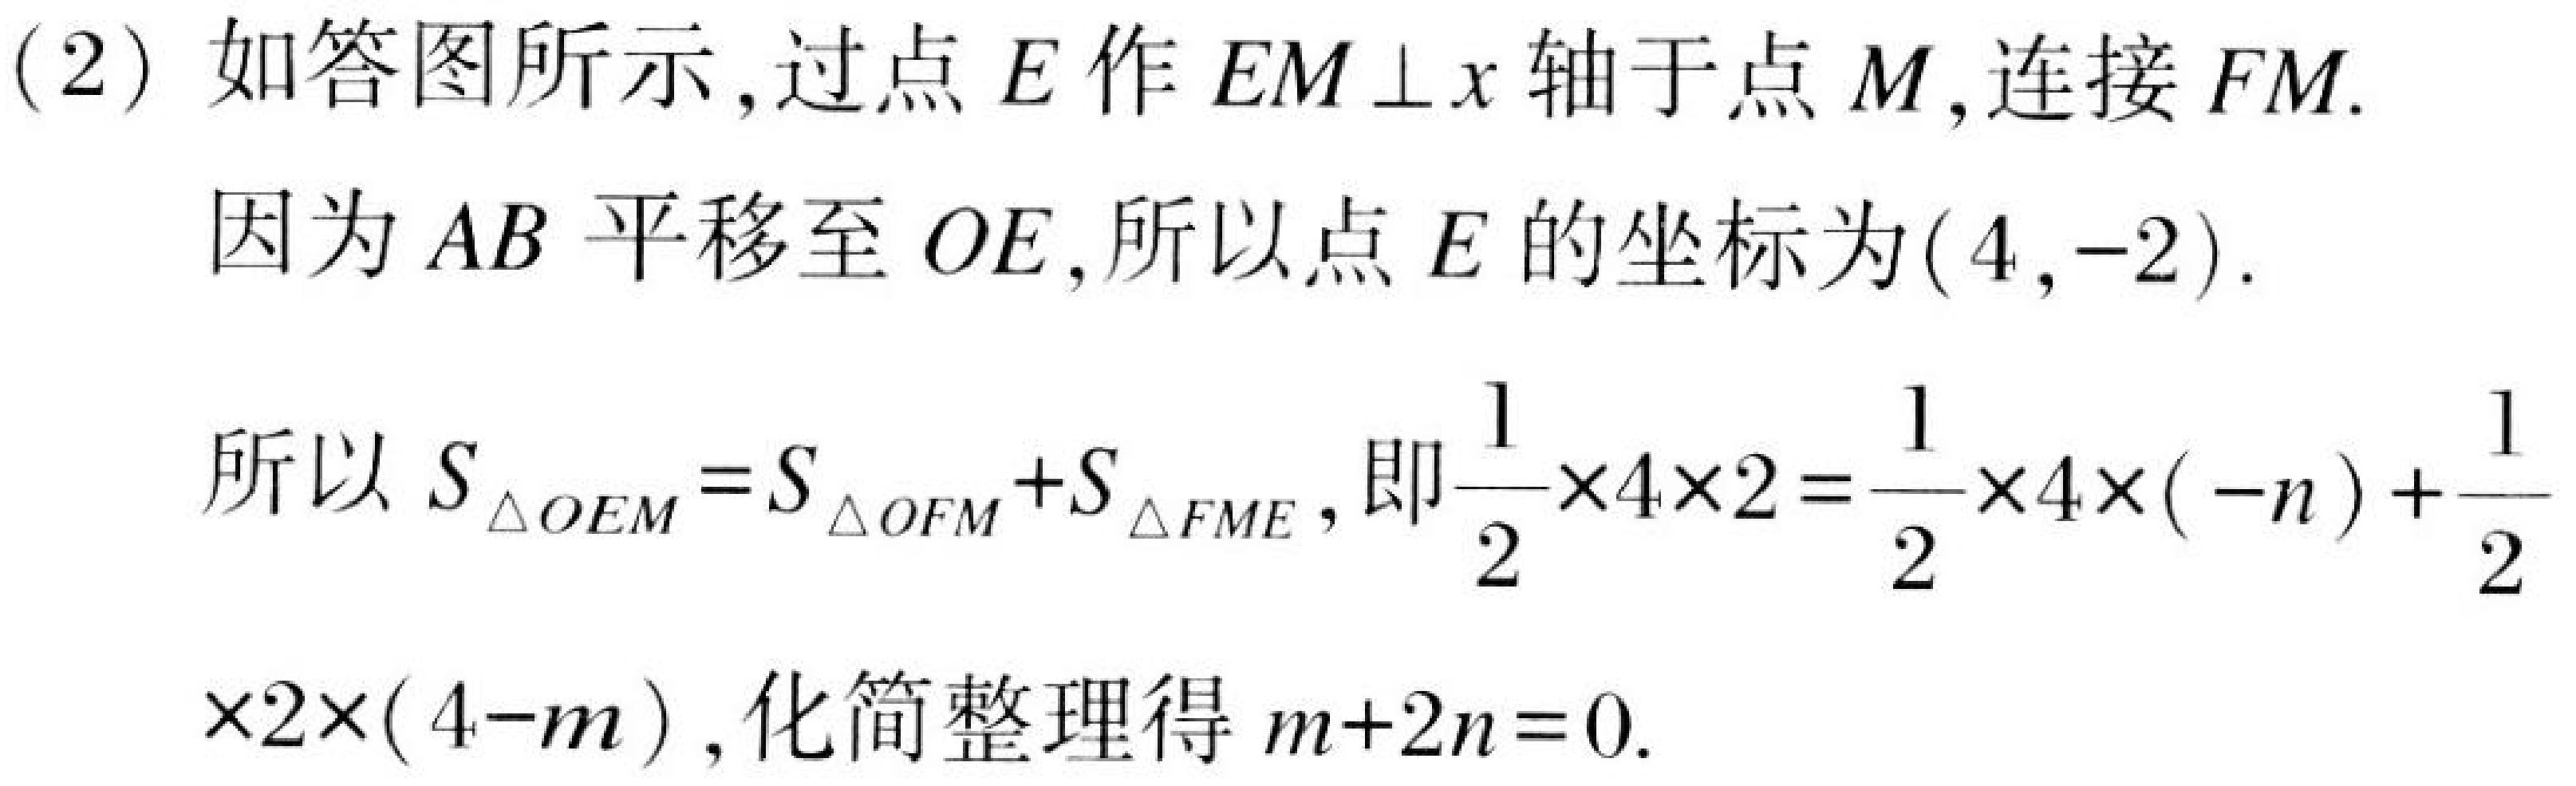
(2) 如答图所示,过点 \(E\) 作 \(EM\perp x\) 轴于点 \(M\),连接 \(FM\).
因为 \(AB\) 平移至 \(OE\),所以点 \(E\) 的坐标为\((4,-2)\).
所以 \(S_{\triangle OEM}=S_{\triangle OFM}+S_{\triangle FME}\), 即\(\frac{1}{2}\times4\times2=\frac{1}{2}\times4\times(-n)+\frac{1}{2}\times2\times(4 - m)\), 化简整理得 \(m + 2n = 0\).